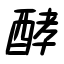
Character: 酵